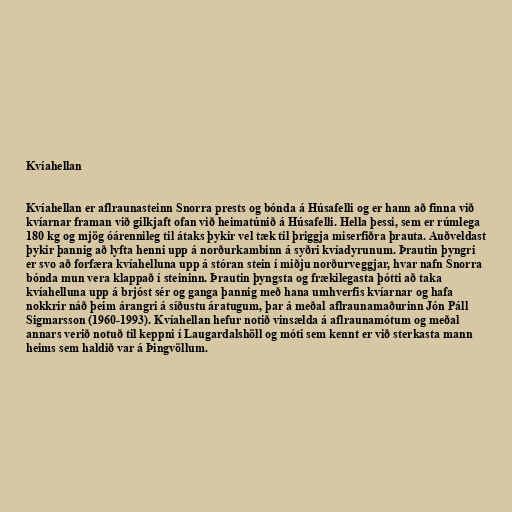
Kvíahellan

Kvíahellan er aflraunasteinn Snorra prests og bónda á Húsafelli og er hann að finna við
kvíarnar framan við gilkjaft ofan við heimatúnið á Húsafelli. Hella þessi, sem er rúmlega
180 kg og mjög óárennileg til átaks þykir vel tæk til þriggja miserfiðra þrauta. Auðveldast
þykir þannig að lyfta henni upp á norðurkambinn á syðri kvíadyrunum. Þrautin þyngri
er svo að forfæra kvíahelluna upp á stóran stein í miðju norðurveggjar, hvar nafn Snorra
bónda mun vera klappað í steininn. Þrautin þyngsta og frækilegasta þótti að taka
kvíahelluna upp á brjóst sér og ganga þannig með hana umhverfis kvíarnar og hafa
nokkrir náð þeim árangri á síðustu áratugum, þar á meðal aflraunamaðurinn Jón Páll
Sigmarsson (1960-1993). Kvíahellan hefur notið vinsælda á aflraunamótum og meðal
annars verið notuð til keppni í Laugardalshöll og móti sem kennt er við sterkasta mann
heims sem haldið var á Þingvöllum.